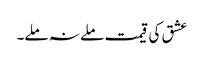
عشق کی قیمت ملے نہ ملے۔